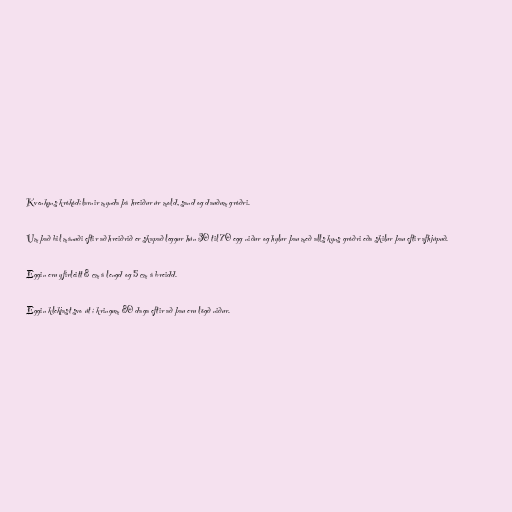
Kvenkyns krókódílarnir mynda þá hreiður úr mold, sand og dauðum gróðri.

Um það bil mánuði eftir að hreiðrið er skapað leggur hún 30 til 70 egg niður og hylur þau með alls kyns gróðri eða skilur þau eftir afhjúpuð.

Eggin eru yfirleitt 8 cm á lengd og 5 cm á breidd.

Eggin klekjast svo út í kringum 80 daga eftir að þau eru lögð niður.